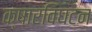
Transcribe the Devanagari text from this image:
क्षारविघटन